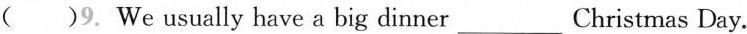
( )9. We usually have a big dinner ___Christmas Day.